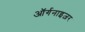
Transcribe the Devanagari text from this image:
ऑर्गनाइज़र